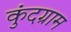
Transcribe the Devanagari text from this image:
कुंदग्राम